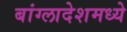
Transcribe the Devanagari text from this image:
बांग्लादेशमध्ये